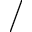
/